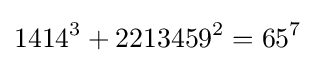
1414^{3}+2213459^{2}=65^{7}\;